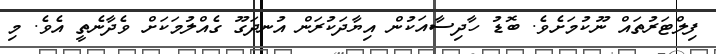
ފިލްޓަރުތައް ނޫކުމަށެވެ. ބޮޑު ހާދިސާއަކުން އިޔާދަކުރަން އުނދަގޫ ގެއްލުމަކަށް ވެދާނެތީ އެވެ. މި